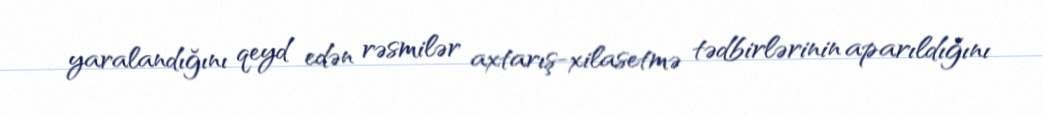
yaralandığını qeyd edən rəsmilər axtarış-xilasetmə tədbirlərinin aparıldığını